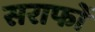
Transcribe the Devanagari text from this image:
सराफों